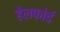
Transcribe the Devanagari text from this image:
हैलफोर्ड